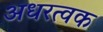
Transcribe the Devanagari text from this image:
अधरत्वक